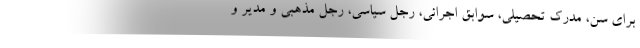
برای سن، مدرک تحصیلی، سوابق اجرائی، رجل سیاسی، رجل مذهبی و مدیر و